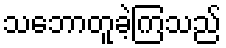
သဘောတူခဲ့ကြသည်